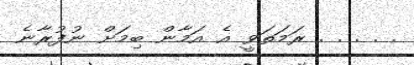
. . . . . ރަމަތަވީ އެ އަމާން ބިމަށް ނުފުރާނެ